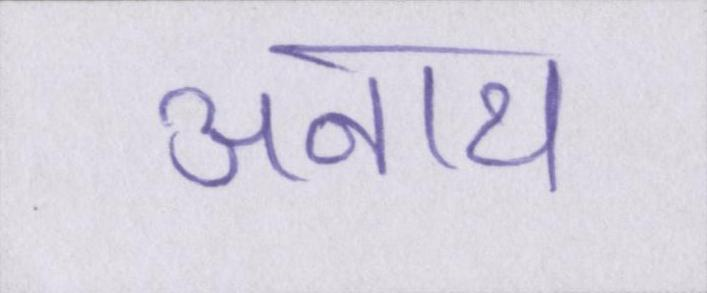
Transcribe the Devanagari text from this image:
अनाथ